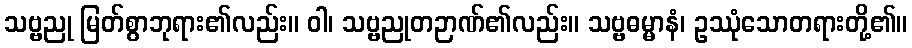
သဗ္ဗညု မြတ်စွာဘုရား၏လည်း။ ဝါ၊ သဗ္ဗညုတဉာဏ်၏လည်း။ သဗ္ဗဓမ္မာနံ၊ ဥဿုံသောတရားတို့၏။